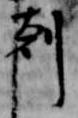
剋